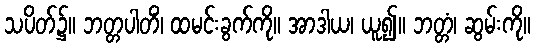
သပိတ်၌။ ဘတ္တပါတိံ၊ ထမင်းခွက်ကို။ အာဒါယ၊ ယူ၍။ ဘတ္တံ၊ ဆွမ်းကို။